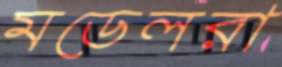
মডেলরা